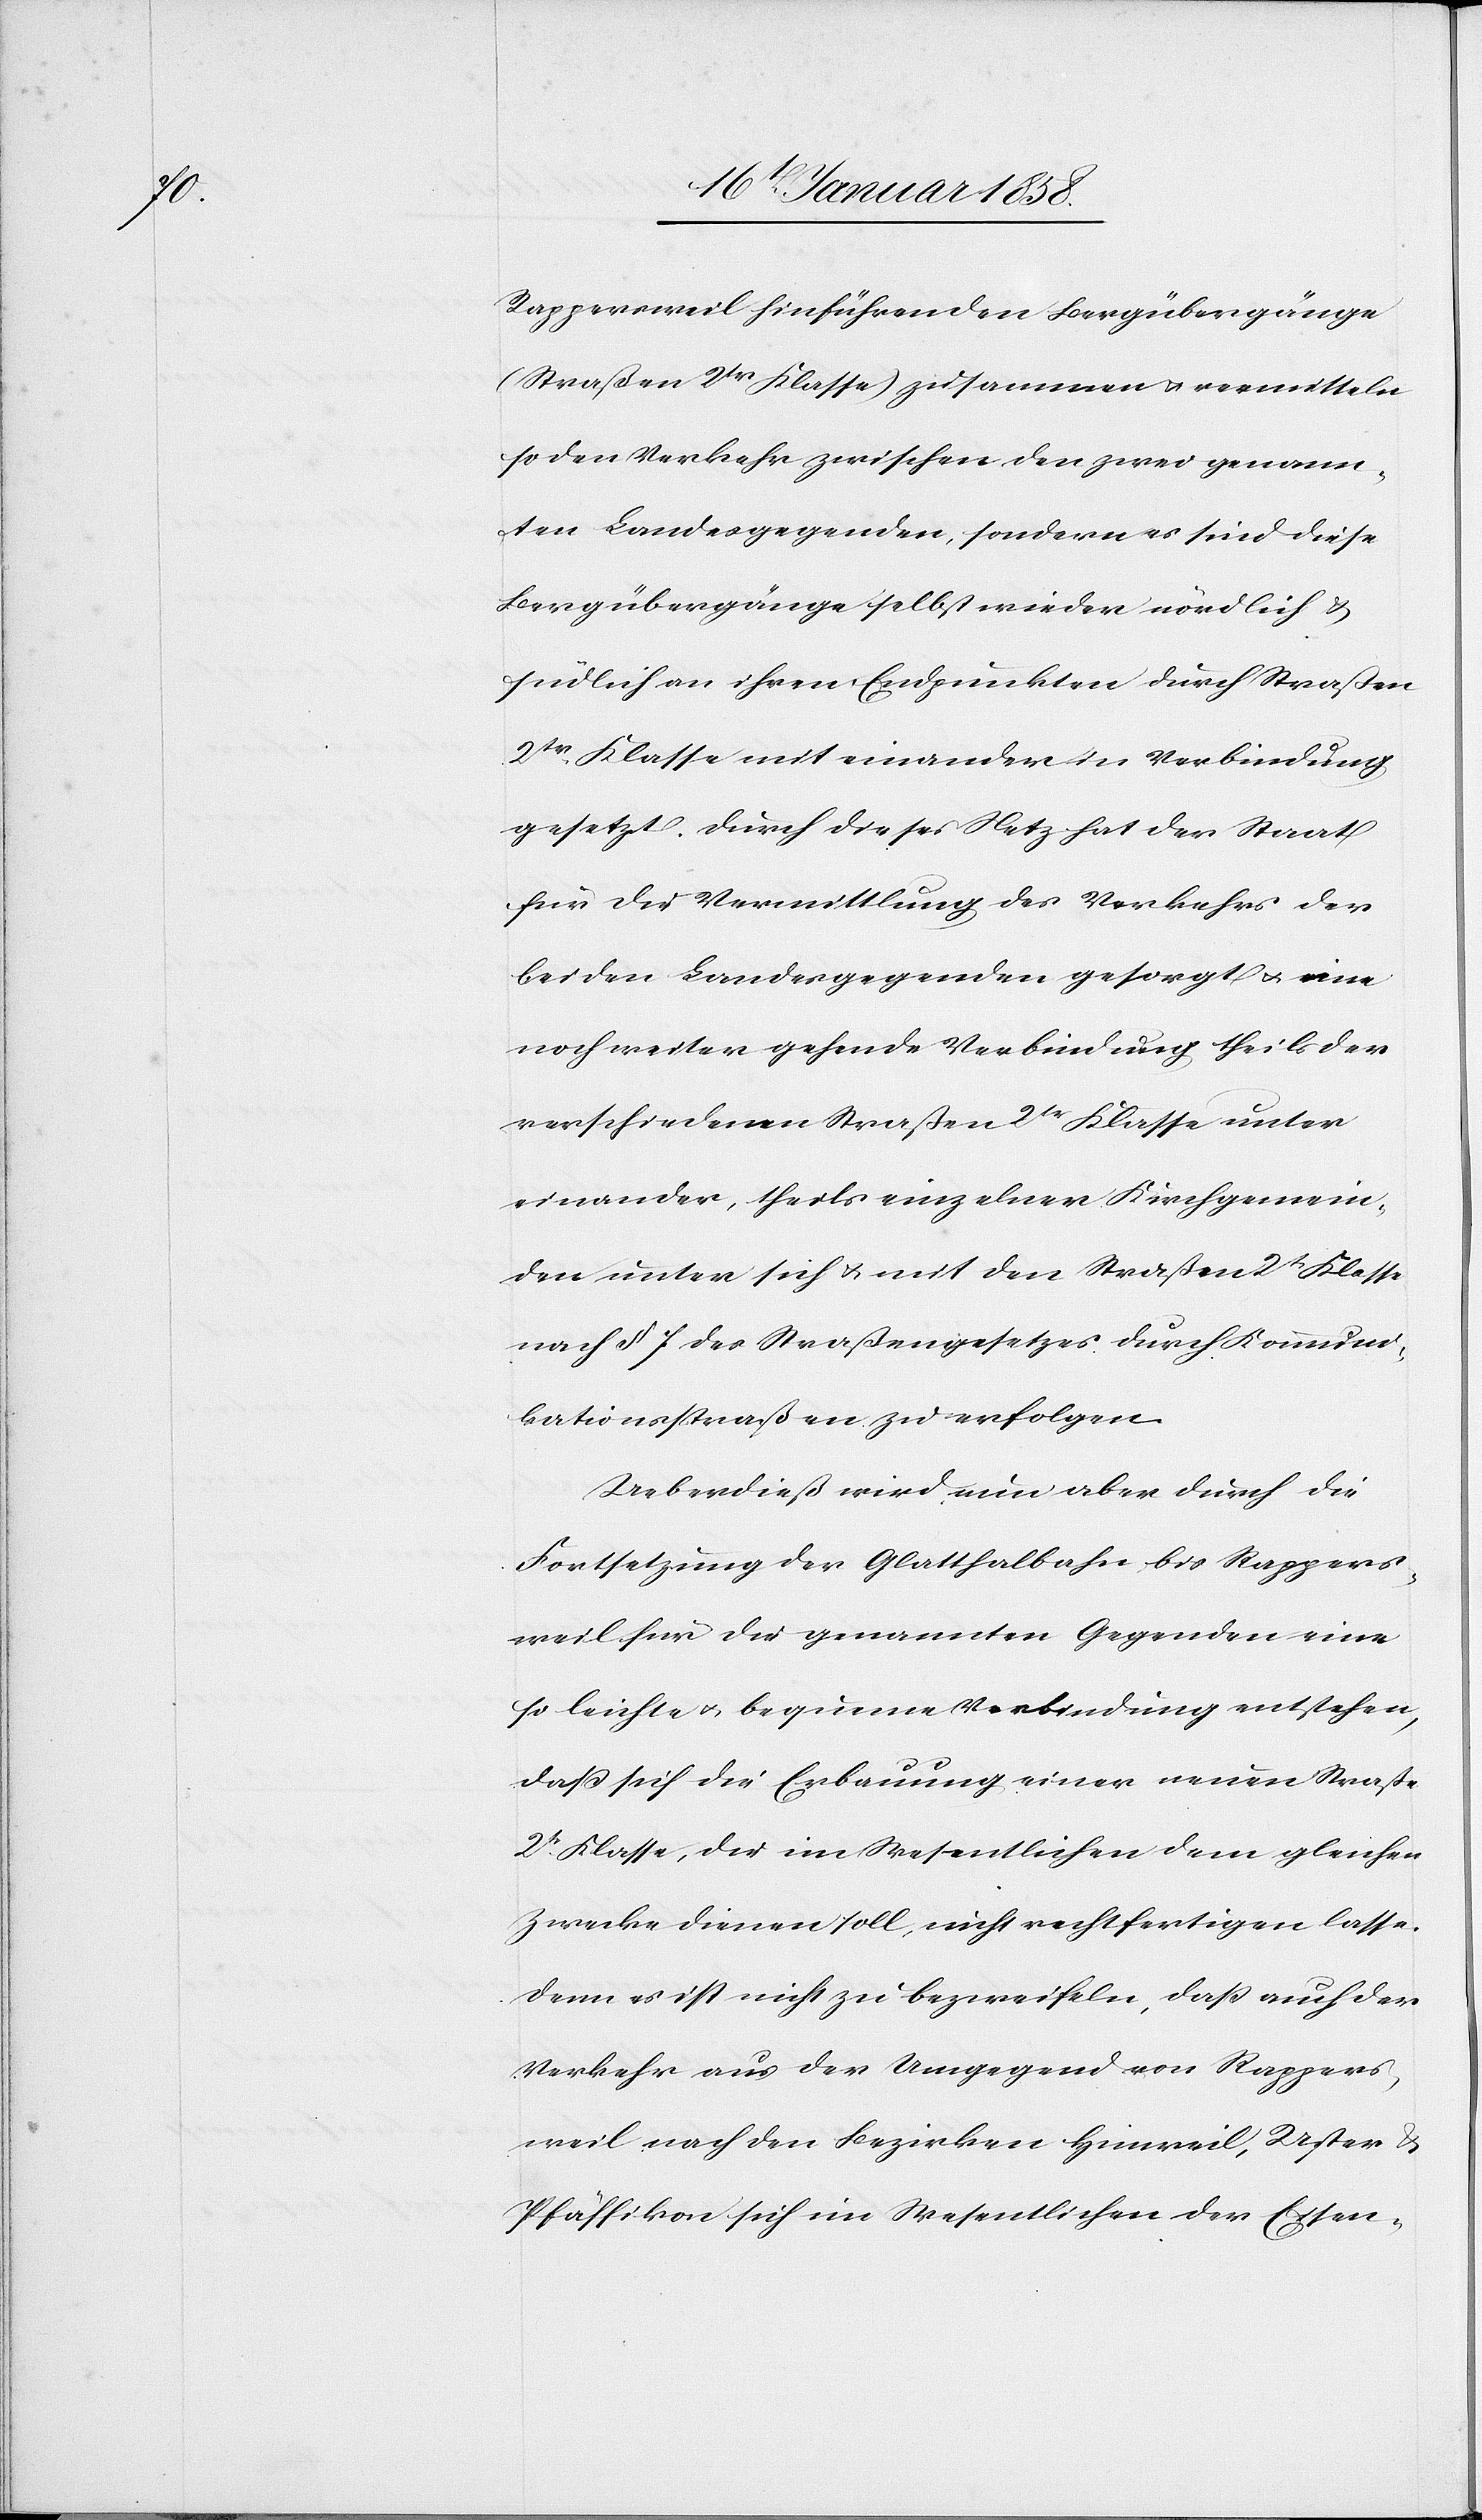
Rappersweil hinführenden Bergübergänge
(Straßen 2tr Klasse) zusammen u. vermitteln
so den Verkehr zwischen den zwei genann¬
ten Landesgegenden, sondern sind diese
Bergübergänge selbst wieder nördlich &
südlich an ihren Endpunkten durch Straßen
2tr. Klasse miteinander in Verbindung
gesetzt. Durch dieses Netz hat der Staat
für die Vermittlung des Verkehrs der
beiden Landesgegenden gesorgt u. eine
noch weiter gehende Verbindung theils der
verschiedenen Straßen 2tr. Klasse unter
einander, theils einzelner Kirchgemein¬
den unter sich u. mit den Straßen 2t. Klasse
nach § 7 des Straßengesetzes durch Kommuni¬
kationsstraßen zu erfolgen.
Ueberdieß wird nun aber durch die
Fortsetzung der Glatthalbahn bis Rappers¬
weil für die genannten Gegenden eine
so leichte u. bequeme Verbindung entstehen,
daß sich die Erbauung einer neuen Straße
2tr. Klasse, die im Wesentlichen dem gleichen
Zwecke dienen soll, nicht rechtfertigen lasse,
denn es ist nicht zu bezweifeln, daß auch der
Verkehr aus der Umgegend von Rappers¬
weil nach den Bezirken Hinweil, Uster &
Pfäffikon sich im Wesentlichen der Eisen-